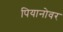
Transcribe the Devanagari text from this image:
पियानोवर